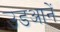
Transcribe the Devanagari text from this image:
उडआनें